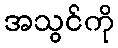
အသွင်ကို